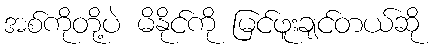
အစ်ကိုတို့ပဲ မိနိုင်ကို မြင်ဖူးချင်တယ်ဆို